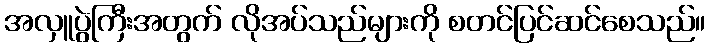
အလှူပွဲကြီးအတွက် လိုအပ်သည်များကို စတင်ပြင်ဆင်စေသည်။